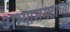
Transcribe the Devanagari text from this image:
अभ्यासगटाच्या